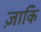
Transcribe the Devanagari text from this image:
ज़ाकि